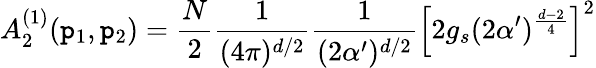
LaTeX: A_{2}^{(1)}(\mathtt{p}_{1},\mathtt{p}_{2})=\frac{{N}}{{2}}\frac{{1}}{{(4\pi)^{d/2}}}\frac{{1}}{{(2\alpha^{\prime})^{d/2}}}\left[2g_{s}(2\alpha^{\prime})^{\frac{{d-2}}{{4}}}\right]^{2}